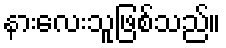
နားလေးသူဖြစ်သည်။